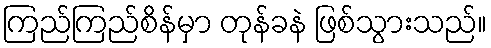
ကြည်ကြည်စိန်မှာ တုန်ခနဲ ဖြစ်သွားသည်။